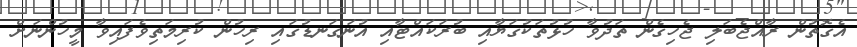
އެގޮތުން ރާއްޖެބަލި ޖެހިގެން ތަދުވާ ހުޅުތަކުގަޔާއި ބުރަކައްޓާއި އުނަގަނޑުގައި ރިހުން ކުރިމަތިވެފައިވާ މީހުންނަށް